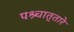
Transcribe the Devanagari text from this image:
पश्र्चात्‌तारे